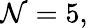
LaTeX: \mathcal{N}=5,